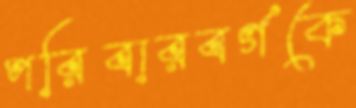
পরিবারবর্গকে